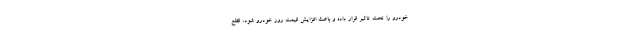
خودرو را تحت تاثیر قرار داده و باعث افزایش قیمت روز خودرو شود، قطع